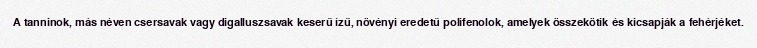
A tanninok, más néven csersavak vagy digalluszsavak keserű ízű, növényi eredetű polifenolok, amelyek összekötik és kicsapják a fehérjéket.